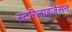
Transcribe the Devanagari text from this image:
स्टरिलाइजेसन